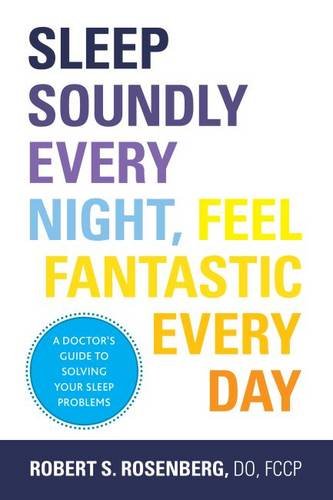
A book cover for Sleep Soundly Every Night, Feel Fantastic Every Day: A Doctor's Guide to Solving Your Sleep Problems; Robert Rosenberg DO  FCCP; Health, Fitness & Dieting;